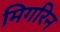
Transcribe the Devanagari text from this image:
मिगरिन